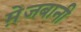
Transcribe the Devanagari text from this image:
मे़जबानी